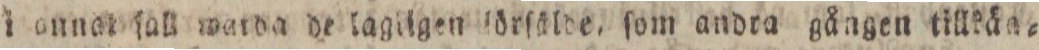
i onnat ſall watda de lagilgen lörſälde, ſom andra gången tillkän=